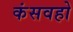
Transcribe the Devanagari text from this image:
कंसवहो